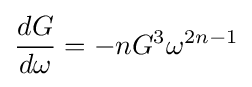
{\frac {dG}{d\omega }}=-nG^{3}\omega ^{2n-1}